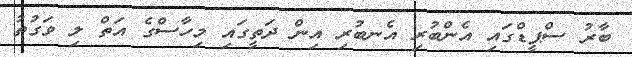
ބާރު ސްޕީޑްގައި އެންބުރި އެނބުރި އިން ދަތީގައި މިހާސްގެ އަތް ލި ވަގުތު